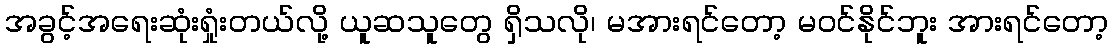
အခွင့်အရေးဆုံးရှုံးတယ်လို့ ယူဆသူတွေ ရှိသလို၊ မအားရင်တော့ မဝင်နိုင်ဘူး အားရင်တော့